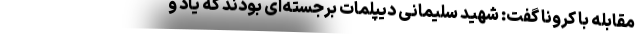
مقابله با کرونا گفت: شهید سلیمانی دیپلمات برجسته‌ای بودند که یاد و